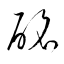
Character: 酩